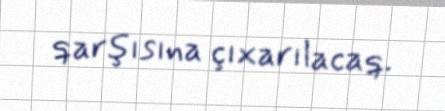
qarşısına çıxarılacaq.